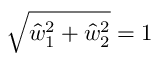
\sqrt { \hat { w } _ { 1 } ^ { 2 } + \hat { w } _ { 2 } ^ { 2 } } = 1